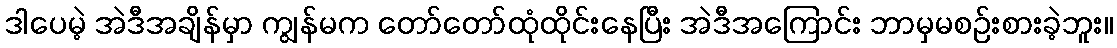
ဒါပေမဲ့ အဲဒီအချိန်မှာ ကျွန်မက တော်တော်ထုံထိုင်းနေပြီး အဲဒီအကြောင်း ဘာမှမစဉ်းစားခဲ့ဘူး။